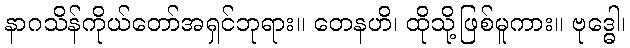
နာဂသိန်ကိုယ်တော်အရှင်ဘုရား။ တေနဟိ၊ ထိုသို့ဖြစ်မူကား။ ဗုဒ္ဓေါ၊